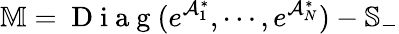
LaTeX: \mathbb{M}=\mathrm{~D~i~a~g~}(e^{\mathcal{A}_{1}^{\ast}},\cdots,e^{\mathcal{A}_{N}^{\ast}})-\mathbb{S}_{-}